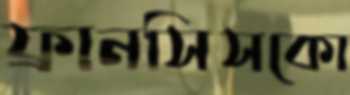
ফ্রানসিসকো